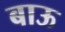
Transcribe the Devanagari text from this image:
बाऊ